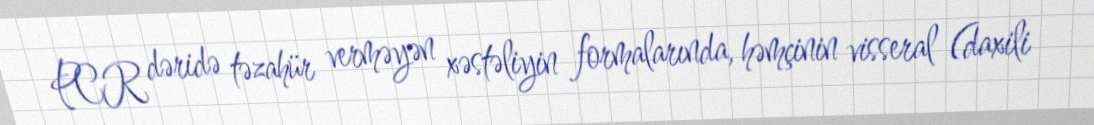
PCR dəridə təzahür verməyən xəstəliyin formalarında, həmçinin visseral (daxili